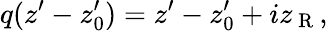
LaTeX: q(z^{\prime}-z_{0}^{\prime})=z^{\prime}-z_{0}^{\prime}+iz_{\mathrm{~R~}},